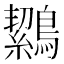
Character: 𪅸